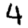
Digit: 4